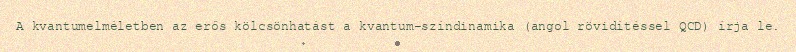
A kvantumelméletben az erős kölcsönhatást a kvantum-színdinamika (angol rövidítéssel QCD) írja le.